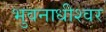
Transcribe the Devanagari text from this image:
भुवनाधीश्वर